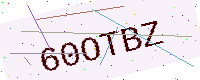
Text: 60OTBZ